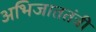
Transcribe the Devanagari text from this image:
अभिजाततंत्री